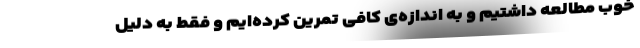
خوب مطالعه داشتیم و به اندازه‌ی کافی تمرین کرده‌ایم و فقط به دلیل